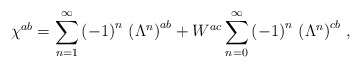
\begin{align*}\chi^{ab}=\sum_{n=1}^\infty\left(-1\right)^n\,\left(\Lambda^n\right)^{ab}+W^{ac}\sum_{n=0}^\infty\left(-1\right)^n\,\left(\Lambda^n\right)^{cb}\,,\end{align*}